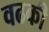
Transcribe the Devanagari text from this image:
वढकी